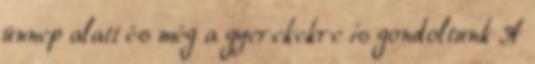
ünnep alatt és még a gyerekekre is gondoltunk A